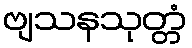
ဗျသနသုတ္တံ